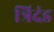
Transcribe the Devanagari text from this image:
त्रिदंड